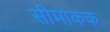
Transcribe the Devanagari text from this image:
सीमांकक